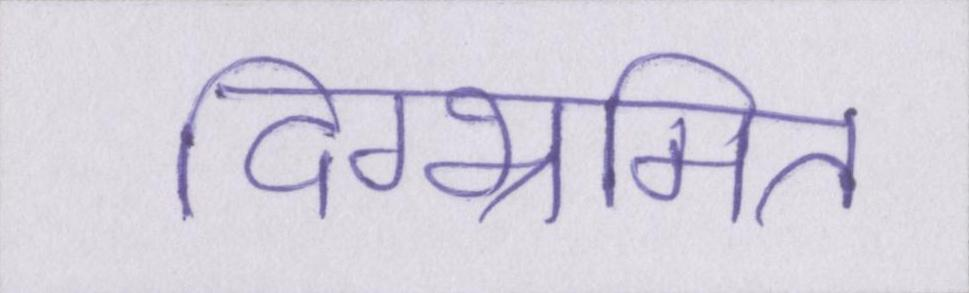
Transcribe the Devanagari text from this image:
दिग्भ्रमित